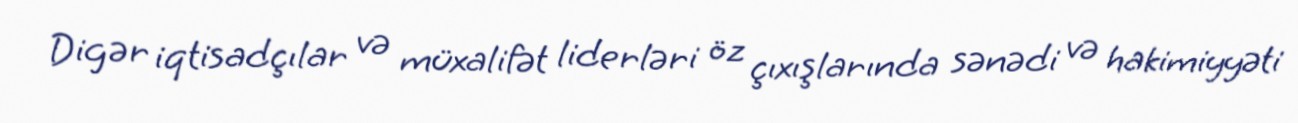
Digər iqtisadçılar və müxalifət liderləri öz çıxışlarında sənədi və hakimiyyəti